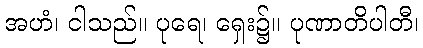
အဟံ၊ ငါသည်။ ပုရေ၊ ရှေး၌။ ပုဏာတိပါတီ၊